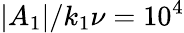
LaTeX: |A_{1}|/k_{1}\nu=10^{4}